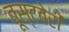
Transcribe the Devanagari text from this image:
बूस्टबेरी